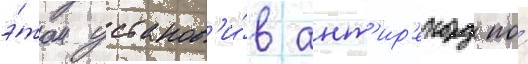
э́том установ'и́в ант'ир'екорд по́